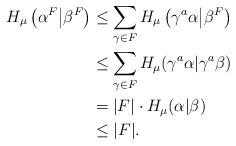
LaTeX: \begin{align*} H_\mu \left( \alpha^F \big \vert \beta^F \right) & \leq \sum_{\gamma \in F} H_\mu \left(\gamma^a \alpha \big \vert \beta^F \right) \\ & \leq \sum_{\gamma \in F} H_\mu (\gamma^a \alpha \vert \gamma^a \beta) \\ &= |F| \cdot H_\mu(\alpha|\beta) \\ & \leq |F|. \end{align*}